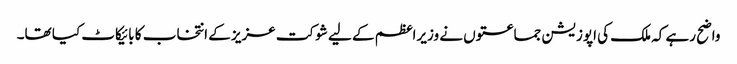
واضح رہے کہ ملک کی اپوزیشن جماعتوں نے وزیراعظم کے لیے شوکت عزیز کے انتخاب کا بائیکاٹ کیا تھا۔